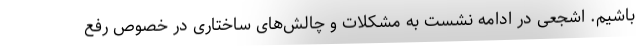
باشیم. اشجعی در ادامه نشست به مشکلات و چالش‌های ساختاری در خصوص رفع